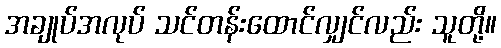
အချုပ်အလုပ် သင်တန်းထောင်လျှင်လည်း သူတို့။